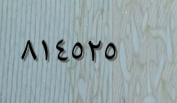
٨١٤٥٢٥